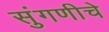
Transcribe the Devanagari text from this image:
सुंगणीचे